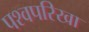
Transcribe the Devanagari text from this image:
पश्वपरिखा